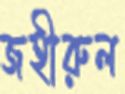
জহীরুল